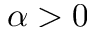
\alpha > 0